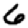
Digit: 6